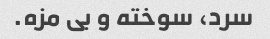
سرد، سوخته و بی مزه.